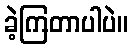
ခဲ့ကြတာပါပဲ။